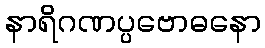
နာရိဂဏပ္ပဗောဓနော